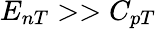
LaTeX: E_{nT}>>C_{pT}